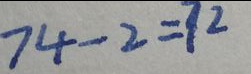
7 4 - 2 = 7 2